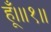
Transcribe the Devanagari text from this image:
हूँ।॥१॥